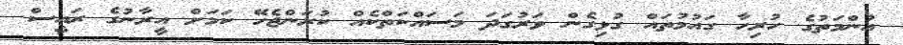
އުންމަތުގެ ހުރިހާ ގައުމުތައް ގުޅިގެން ވަރުގަދަ މަސައްކަތްކެއް ކުރަންޖެހޭ ކަމަށް އީރާނުގެ ރައީސް